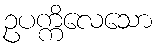
ဥပက္ကိလေသော